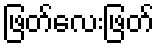
ဖြတ်လေးဖြတ်